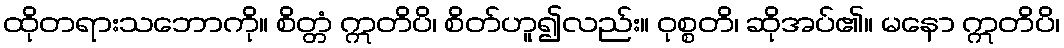
ထိုတရားသဘောကို။ စိတ္တံ ဣတိပိ၊ စိတ်ဟူ၍လည်း။ ဝုစ္စတိ၊ ဆိုအပ်၏။ မနော ဣတိပိ၊